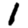
Digit: 1